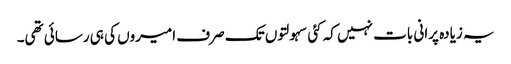
یہ زیادہ پرانی بات نہیں کہ کئی سہولتوں تک صرف امیروں کی ہی رسائی تھی۔